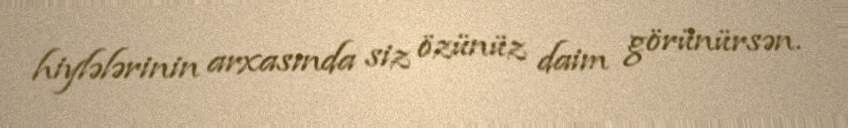
hiylələrinin arxasında siz özünüz daim görünürsən.